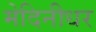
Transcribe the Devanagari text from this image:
मेदिनीधर